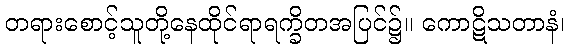
တရားစောင့်သူတို့နေထိုင်ရာရက္ခိတအပြင်၌။ ကောဋိသတာနံ၊